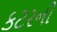
કટરની